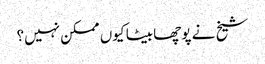
شیخ نے پوچھا بیٹا کیوں ممکن نہیں؟